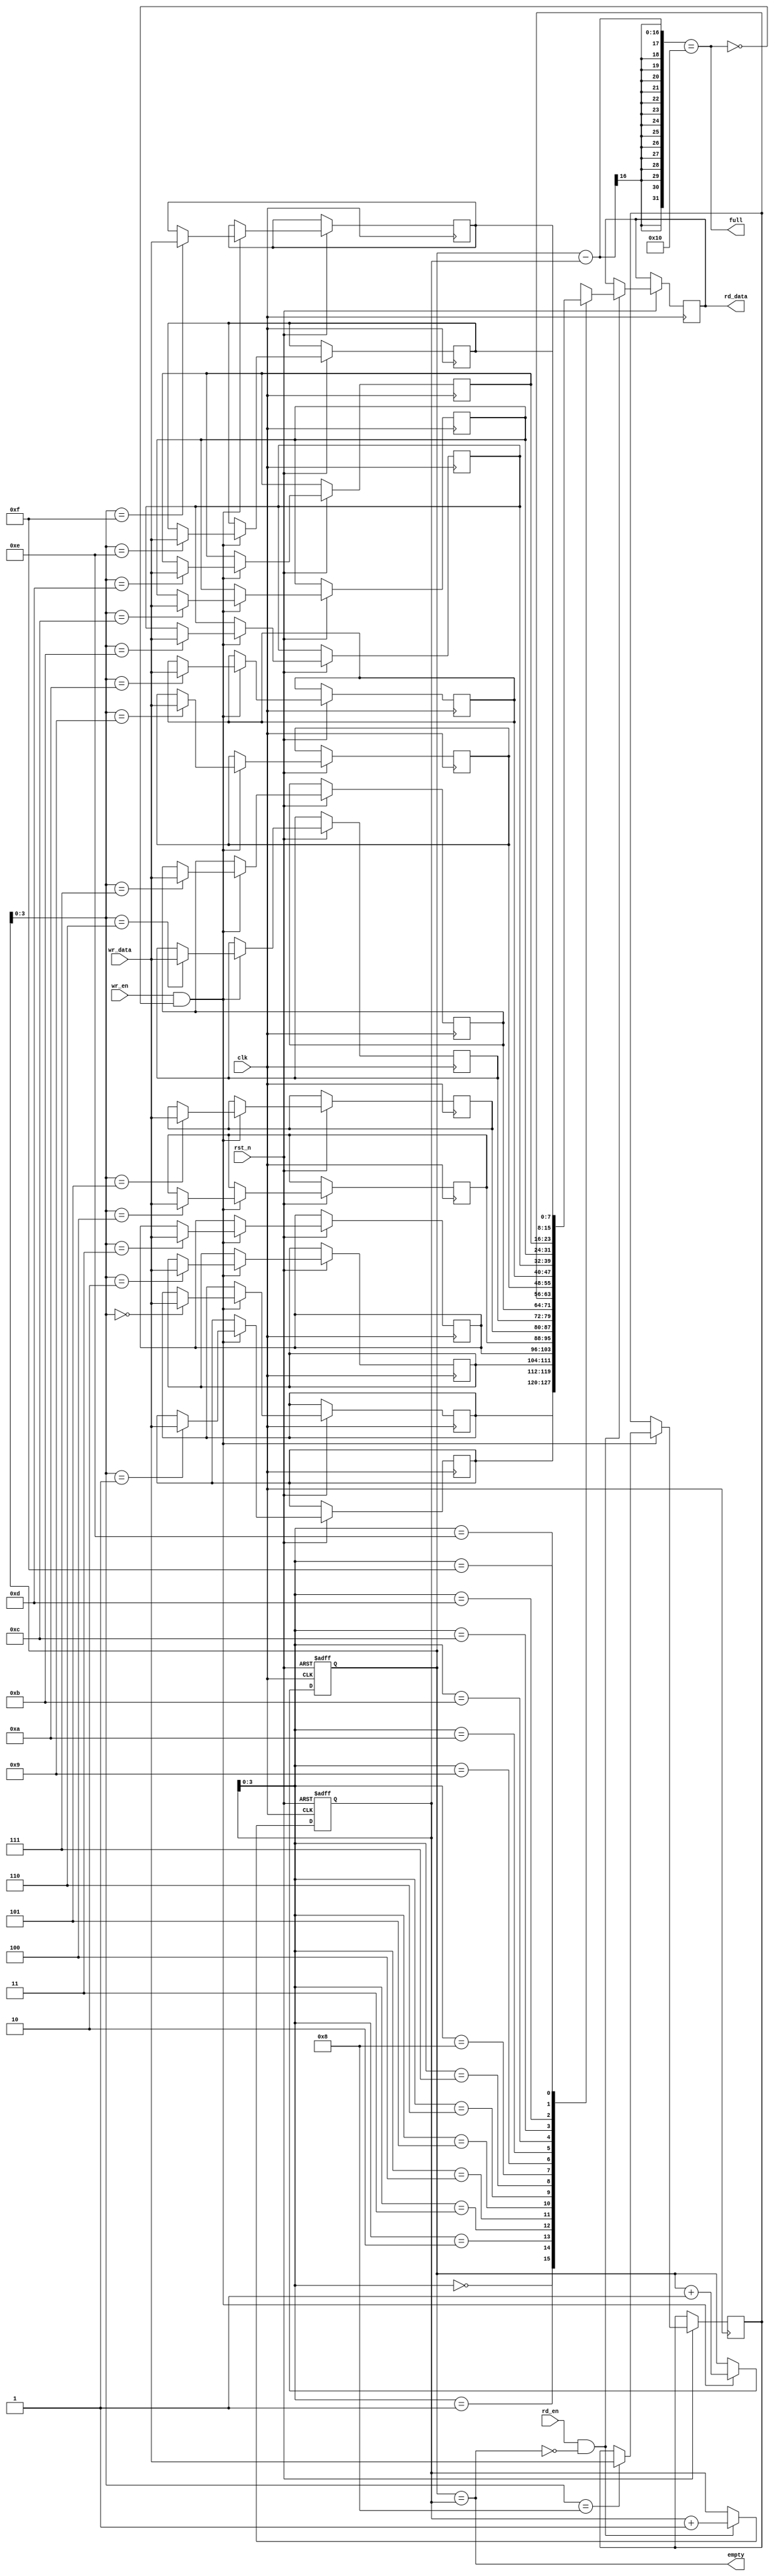
module synchronous_fifo (
  input wire clk,
  input wire rst_n,
  input wire wr_en,
  input wire rd_en,
  input wire [DATA_WIDTH-1:0] wr_data,
  output reg [DATA_WIDTH-1:0] rd_data,
  output wire empty,
  output wire full
);

parameter DEPTH = 16;
parameter DATA_WIDTH = 8;

reg [DATA_WIDTH-1:0] fifo_mem [DEPTH-1:0];
reg [DEPTH-1:0] wr_ptr, rd_ptr;

// Control logic to manage read and write pointers
always @(posedge clk or negedge rst_n) begin
  if (~rst_n) begin
    wr_ptr <= 0;
    rd_ptr <= 0;
  end else begin
    if (wr_en && ~full) begin
      fifo_mem[wr_ptr] <= wr_data;
      wr_ptr <= wr_ptr + 1;
    end
    
    if (rd_en && ~empty) begin
      rd_data <= fifo_mem[rd_ptr];
      rd_ptr <= rd_ptr + 1;
    end
  end
end

// Clock signal generator
always @(posedge clk or negedge rst_n) begin
  if (~rst_n) begin
    // Reset logic
  end else begin
    // Clock signal generation logic
  end
end

// Handshaking signals
assign empty = (wr_ptr == rd_ptr);
assign full = (wr_ptr - rd_ptr == DEPTH);

endmodule